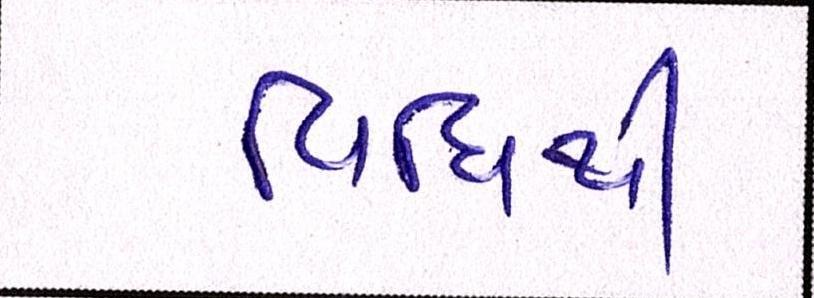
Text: વિધિથી